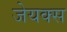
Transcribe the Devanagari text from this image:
जेयक्स